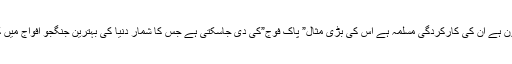
قائدہ اورقانون ہے ان کی کارکردگی مسلمہ ہے اس کی بڑی مثال” پاک فوج”کی دی جاسکتی ہے جس کا شمار دنیا کی بہترین جنگجو افواج میں کیا جا تاہے۔